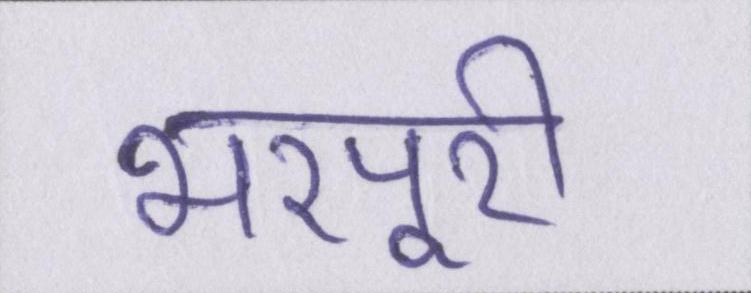
भरपूरी